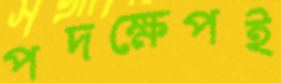
পদক্ষেপই